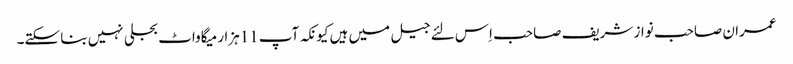
عمران صاحب نواز شریف صاحب اِس لئے جیل میں ہیں کیونکہ آپ 11ہزار میگاواٹ بجلی نہیں بنا سکتے۔